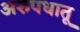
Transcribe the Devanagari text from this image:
अरुपधातू